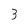
Character: 3